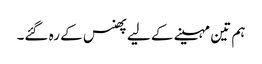
ہم تین مہینے کے لیے پھنس کے رہ گئے۔